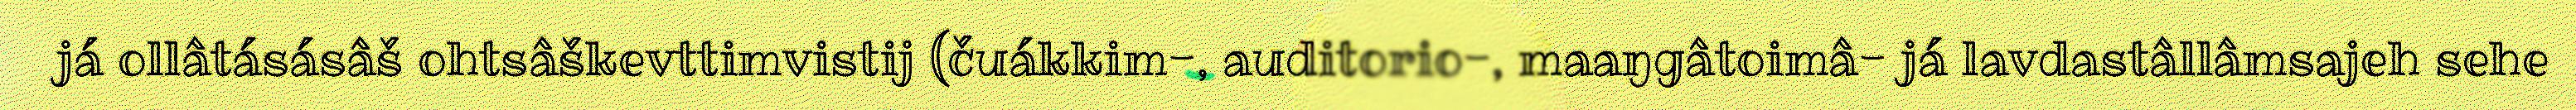
já ollâtásásâš ohtsâškevttimvistij (čuákkim-, auditorio-, maaŋgâtoimâ- já lavdastâllâmsajeh sehe